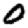
Digit: 0